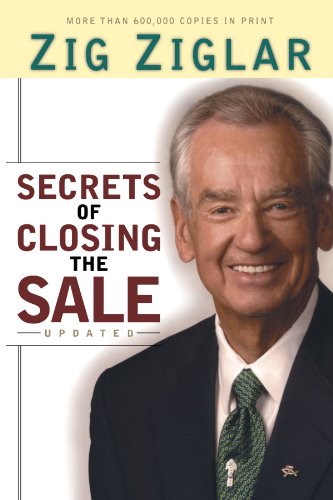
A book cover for Secrets of Closing the Sale; Zig Ziglar; Business & Money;